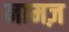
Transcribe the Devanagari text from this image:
नामज़